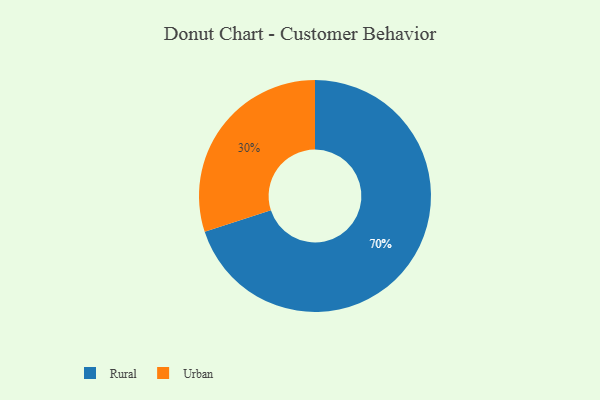
{"axis": {"x": "Category", "y": "Percentage"}, "legend": ["Rural", "Urban"], "data": [{"x": "Rural", "y": 70, "type": "Rural"}, {"x": "Urban", "y": 30, "type": "Urban"}]}